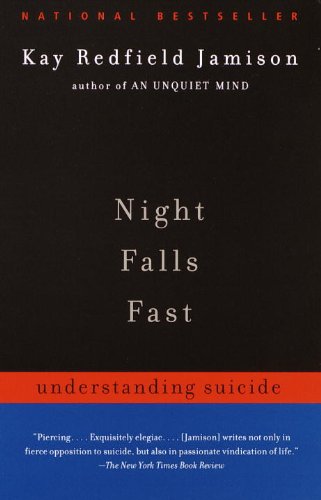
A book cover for Night Falls Fast: Understanding Suicide; Kay Redfield Jamison; Self-Help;